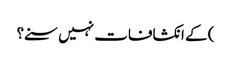
) کے انکشافات نہیں سنے؟